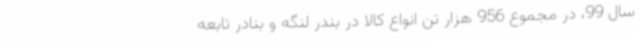
سال 99، در مجموع 956 هزار تن انواع کالا در بندر لنگه و بنادر تابعه